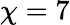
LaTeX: \chi=7